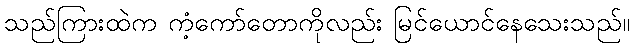
သည်ကြားထဲက ကံ့ကော်တောကိုလည်း မြင်ယောင်နေသေးသည်။